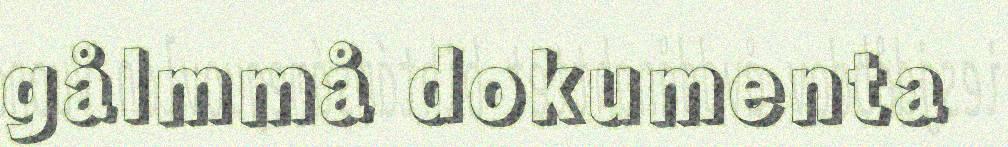
gålmmå dokumenta